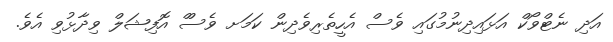
އަދި ނެޓްވޯކް އަޅައިދިނުމުގައި ވެސް އެހީތެރިވެދިން ކަމަށ ވެސްް އޮފިޝަލް ވިދާޅުވި އެވެ.